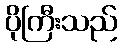
ပိုကြီးသည်